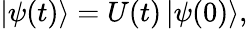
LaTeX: \begin{array}{r}{|\psi(t)\rangle=U(t)\, |\psi(0)\rangle,}\end{array}